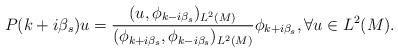
LaTeX: \begin{align*}P(k+i\beta_s)u=\frac{(u, \phi_{k-i\beta_s})_{L^{2}(M)}}{(\phi_{k+i\beta_s}, \phi_{k-i\beta_s})_{L^{2}(M)}}\phi_{k+i\beta_s}, \forall u \in L^{2}(M).\end{align*}